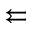
\leftleftarrows